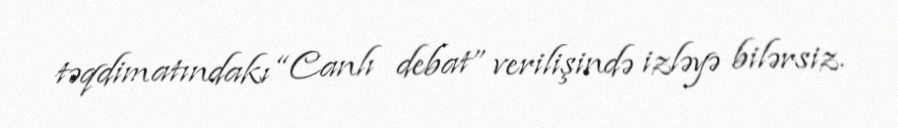
təqdimatındakı “Canlı debat” verilişində izləyə bilərsiz.